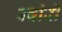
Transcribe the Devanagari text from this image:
क्वांरी